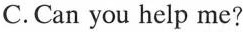
C.Can you help me?